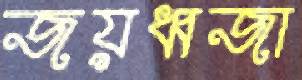
জয়ধ্বজা